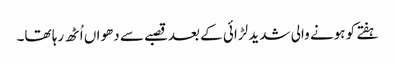
ہفتے کو ہونے والی شدید لڑائی کے بعدقصبے سے دھواں اُٹھ رہا تھا۔